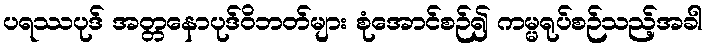
ပရဿပုဒ် အတ္တနောပုဒ်ဝိဘတ်များ စုံအောင်စဉ်၍ ကမ္မရုပ်စဉ်သည့်အခါ